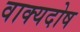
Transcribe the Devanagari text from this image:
वाक्यदोष